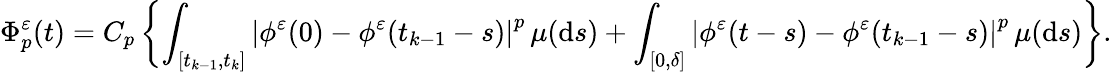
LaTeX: \Phi_{p}^{\varepsilon}(t)=C_{p}\left\{ \int_{[t_{k-1},t_{k}]}\left|\phi^{\varepsilon}(0)-\phi^{\varepsilon}(t_{k-1}-s)\right|^{p}\, \mu(\mathrm{d}s)+\int_{[0,\delta]}\left|\phi^{\varepsilon}(t-s)-\phi^{\varepsilon}(t_{k-1}-s)\right|^{p}\, \mu(\mathrm{d}s)\right\} .